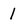
Character: l